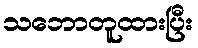
သဘောတူထားပြီး